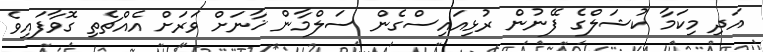
އަދި މިކަމާ ކުޝަލްގެ ފޭނުން ރުޅިއައިސްގެން ސަލްމާން ޚާނަށް ވަރަށް އެއްޗެތި ގޮވާފައިވެ